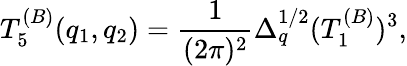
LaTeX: T_{5}^{(B)}(q_{1},q_{2})={\frac{1}{(2\pi)^{2}}}\Delta_{q}^{1/2}(T_{1}^{(B)})^{3},